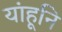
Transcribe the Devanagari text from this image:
यांहूनि